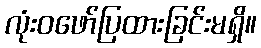
လုံးဝဖော်ပြထားခြင်းမရှိ။